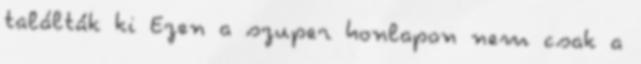
találták ki Ezen a szuper honlapon nem csak a